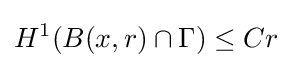
H^{1}(B(x,r)\cap \Gamma )\leq Cr